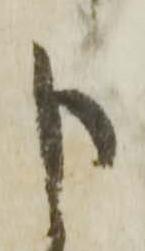
申